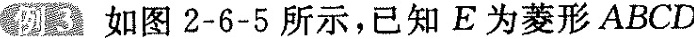
例3.如图2-6-5所示，已知E为菱形ABCD